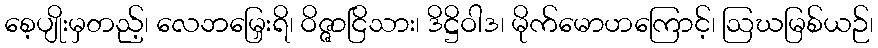
စေ့ပျိုးမှတည့်၊ လေဘမြှေးရိ၊ ဝိဇ္ဇာငြိသား၊ ဒိဋ္ဌိဝါဒ၊ မိုက်မောဟကြောင့်၊ ဩဃမြစ်ယဉ်၊